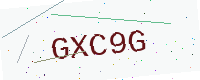
Text: GXC9G